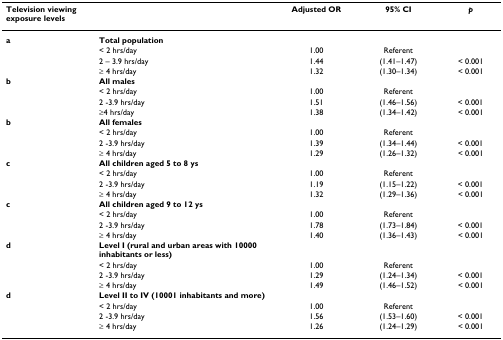
| Television viewing exposure levels |  | Adjusted OR | 95% CI | p |
 | --- | --- | --- | --- | --- |
 | a | Total population |  |  |  |
 |  | < 2 hrs/day | 1.00 | Referent |  |
 |  | 2 – 3.9 hrs/day | 1.44 | (1.41–1.47) | < 0.001 |
 |  | ≥ 4 hrs/day | 1.32 | (1.30–1.34) | < 0.001 |
 | b | All males |  |  |  |
 |  | < 2 hrs/day | 1.00 | Referent |  |
 |  | 2 -3.9 hrs/day | 1.51 | (1.46–1.56) | < 0.001 |
 |  | ≥4 hrs/day | 1.38 | (1.34–1.42) | < 0.001 |
 | b | All females |  |  |  |
 |  | < 2 hrs/day | 1.00 | Referent |  |
 |  | 2 -3.9 hrs/day | 1.39 | (1.34–1.44) | < 0.001 |
 |  | ≥ 4 hrs/day | 1.29 | (1.26–1.32) | < 0.001 |
 | c | All children aged 5 to 8 ys |  |  |  |
 |  | < 2 hrs/day | 1.00 | Referent |  |
 |  | 2 -3.9 hrs/day | 1.19 | (1.15–1.22) | < 0.001 |
 |  | ≥ 4 hrs/day | 1.32 | (1.29–1.36) | < 0.001 |
 | c | All children aged 9 to 12 ys |  |  |  |
 |  | < 2 hrs/day | 1.00 | Referent |  |
 |  | 2 -3.9 hrs/day | 1.78 | (1.73–1.84) | < 0.001 |
 |  | ≥ 4 hrs/day | 1.40 | (1.36–1.43) | < 0.001 |
 | d | Level I (rural and urban areas with 10000 inhabitants or less) |  |  |  |
 |  | < 2 hrs/day | 1.00 | Referent |  |
 |  | 2 -3.9 hrs/day | 1.29 | (1.24–1.34) | < 0.001 |
 |  | ≥ 4 hrs/day | 1.49 | (1.46–1.52) | < 0.001 |
 | d | Level II to IV (10001 inhabitants and more) |  |  |  |
 |  | < 2 hrs/day | 1.00 | Referent |  |
 |  | 2 -3.9 hrs/day | 1.56 | (1.53–1.60) | < 0.001 |
 |  | ≥ 4 hrs/day | 1.26 | (1.24–1.29) | < 0.001 |